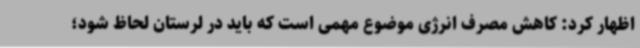
اظهار کرد: کاهش مصرف انرژی موضوع مهمی است که باید در لرستان لحاظ شود؛